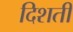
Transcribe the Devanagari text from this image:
दिशतीं